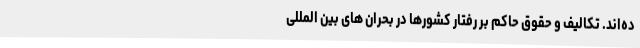
ده‌اند. تکالیف و حقوق حاکم بر رفتار کشورها در بحران های بین المللی